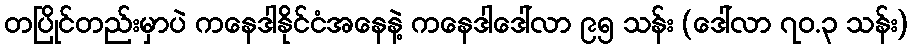
တပြိုင်တည်းမှာပဲ ကနေဒါနိုင်ငံအနေနဲ့ ကနေဒါဒေါ်လာ ၉၅ သန်း (ဒေါ်လာ ၇၀.၃ သန်း)